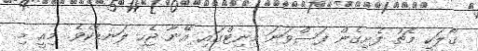
ގޯލަކީ މެޗު ފެށިގެން ފަސްވަނަ މިނިޓްގައި އޭނާ ޖެހި ލަނޑެކެވެ. މިއީ މި